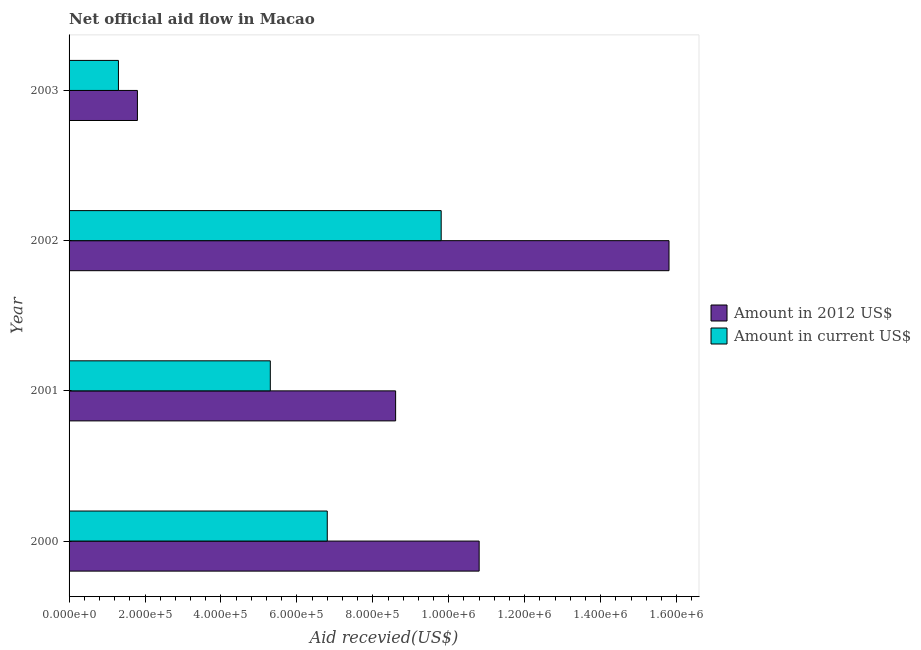
| Year | Amount in 2012 US$ | Amount in current US$ |
 | --- | --- | --- |
 | 2000 | 1.08e+06 | 6.8e+05 |
 | 2001 | 8.6e+05 | 5.3e+05 |
 | 2002 | 1.58e+06 | 9.8e+05 |
 | 2003 | 1.8e+05 | 1.3e+05 |